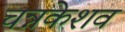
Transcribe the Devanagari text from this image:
चन्नकेशव